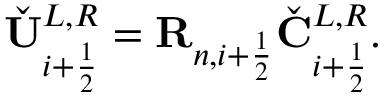
\check { \mathbf { U } } _ { i + \frac { 1 } { 2 } } ^ { L , R } = \mathbf { R } _ { n , i + \frac { 1 } { 2 } } \check { \mathbf { C } } _ { i + \frac { 1 } { 2 } } ^ { L , R } .